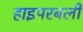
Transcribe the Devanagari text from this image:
हाइपरबली